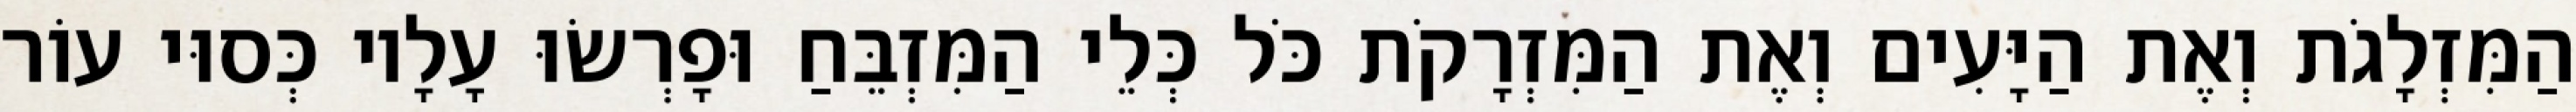
הַמִּזְלָגֹת וְאֶת הַיָּעִים וְאֶת הַמִּזְרָקֹת כֹּל כְּלֵי הַמִּזְבֵּחַ וּפָרְשׂוּ עָלָיו כְּסוּי עוֹר